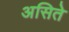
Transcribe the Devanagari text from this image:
असिते